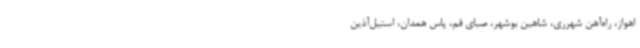
اهواز، راه‌آهن شهرری، شاهین بوشهر، صبای قم، پاس همدان، استیل‌آذین